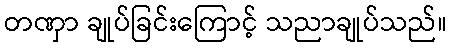
တဏှာ ချုပ်ခြင်းကြောင့် သညာချုပ်သည်။